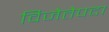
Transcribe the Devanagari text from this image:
विजेतेपदा